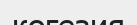
когезия